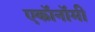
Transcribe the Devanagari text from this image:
एकॉनॉमी